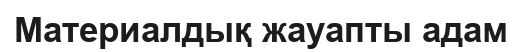
Материалдық жауапты адам